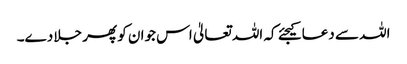
اللہ سے دعا کیجئے کہ اللہ تعالیٰ اس جوان کو پھر جلا دے۔